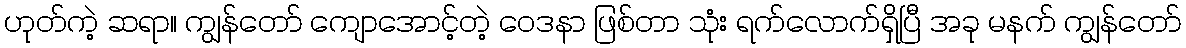
ဟုတ်ကဲ့ ဆရာ။ ကျွန်တော် ကျောအောင့်တဲ့ ဝေဒနာ ဖြစ်တာ သုံး ရက်လောက်ရှိပြီ အခု မနက် ကျွန်တော်